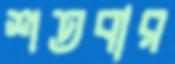
শতবার